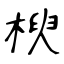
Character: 楰